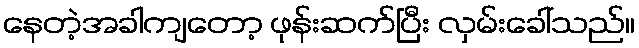
နေတဲ့အခါကျတော့ ဖုန်းဆက်ပြီး လှမ်းခေါ်သည်။